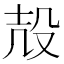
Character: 𱥖